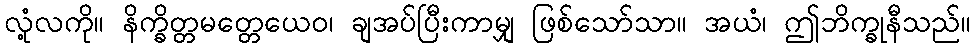
လုံ့လကို။ နိက္ခိတ္တမတ္တေယေဝ၊ ချအပ်ပြီးကာမျှ ဖြစ်သော်သာ။ အယံ၊ ဤဘိက္ခုနီသည်။